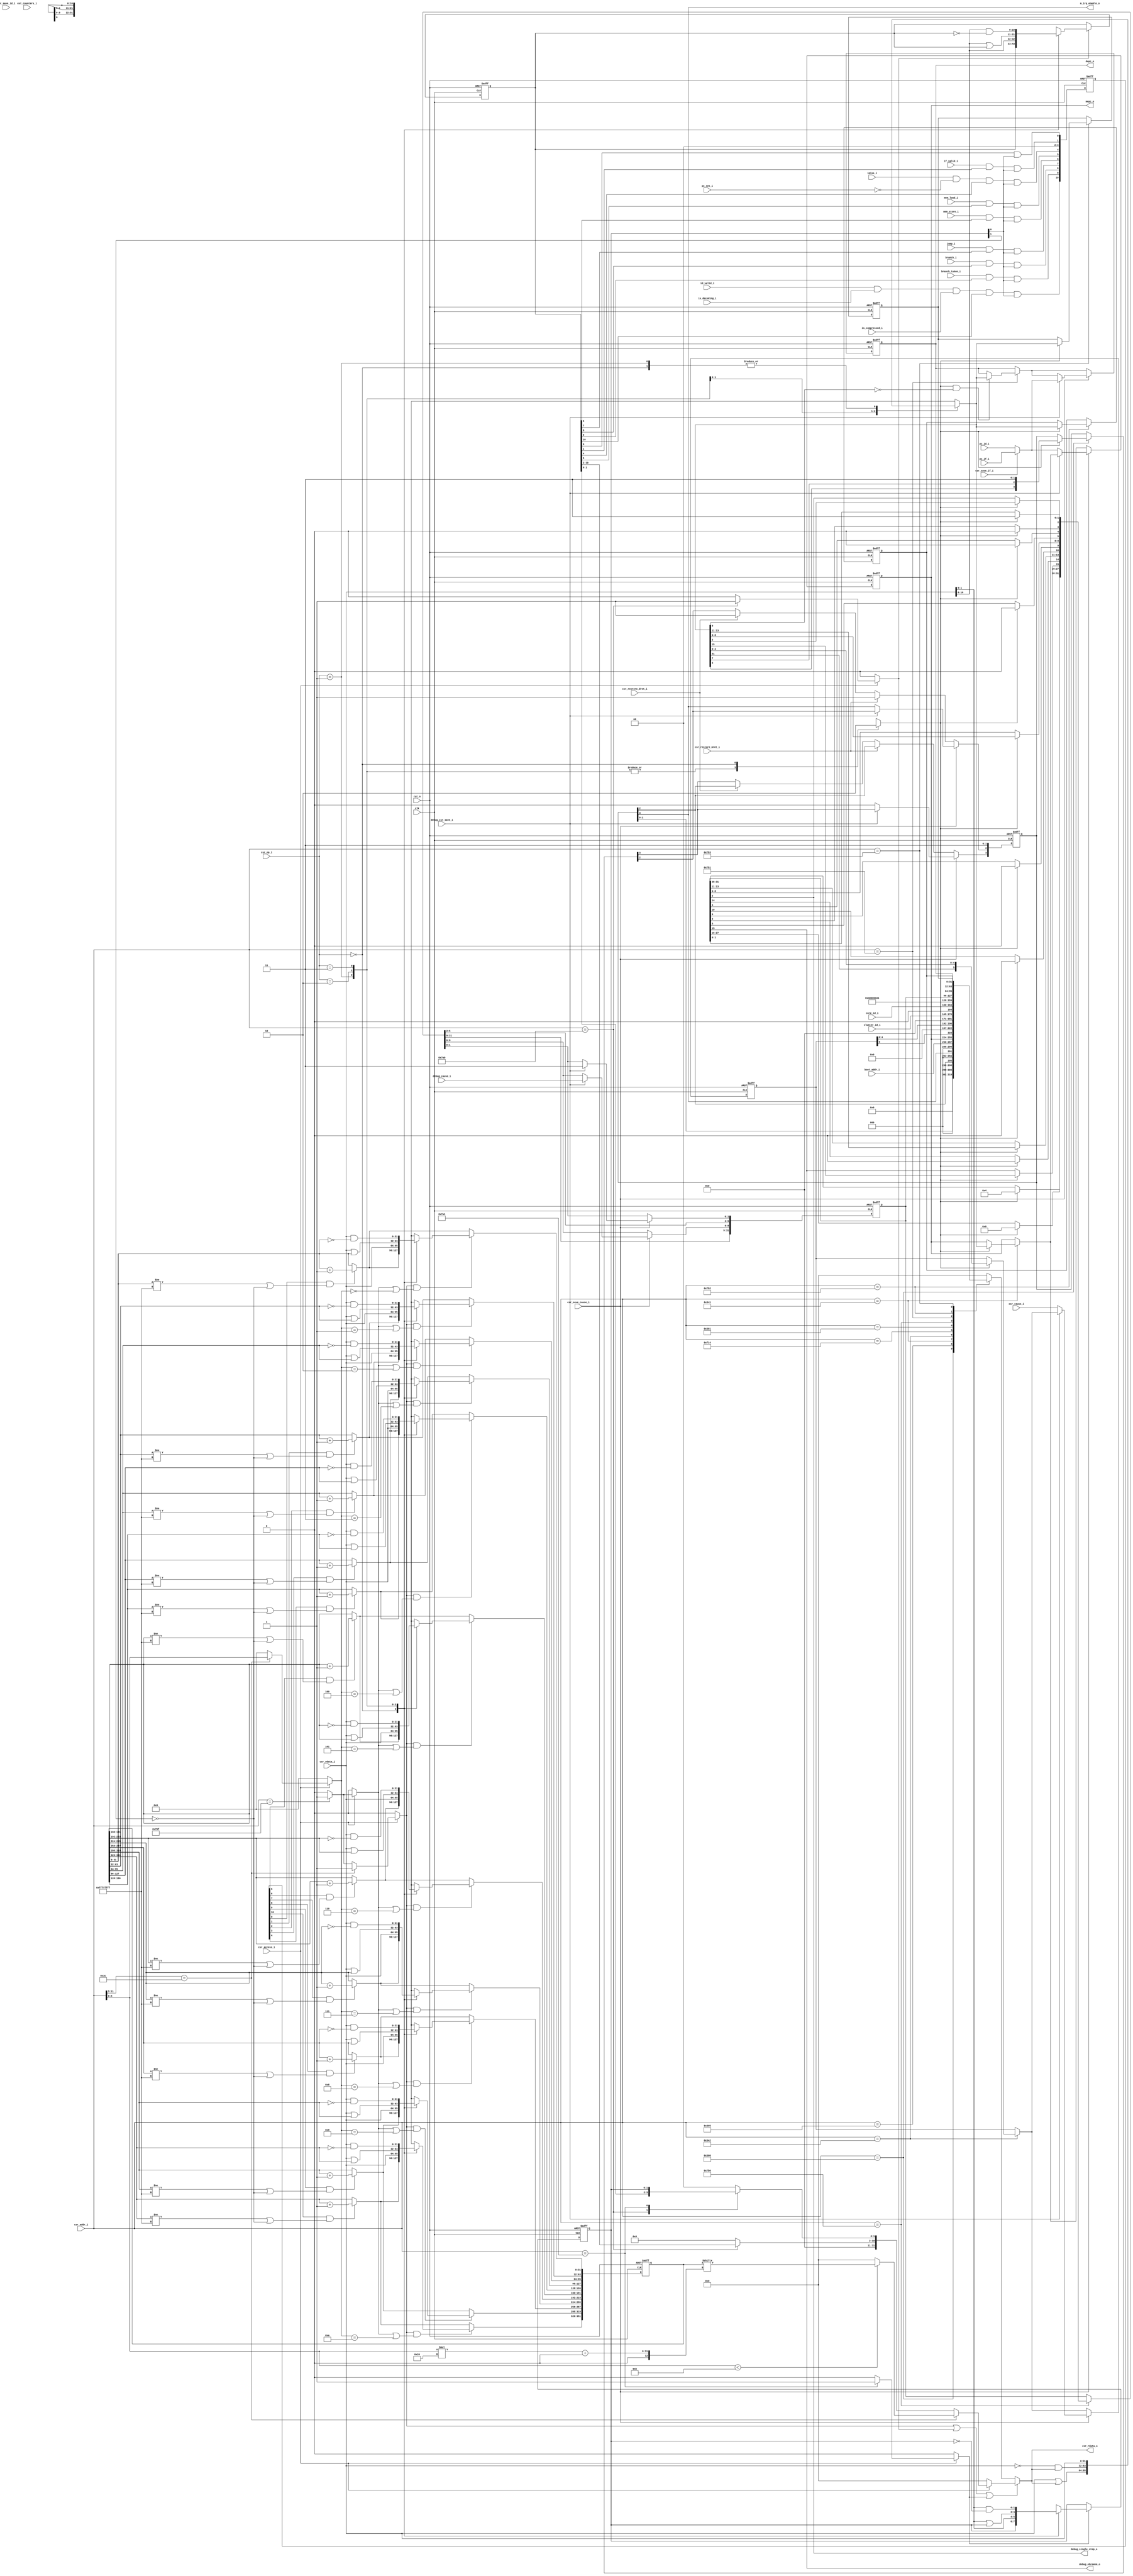
// Copyright lowRISC contributors.
// Copyright 2017 ETH Zurich and University of Bologna.
// Licensed under the Apache License, Version 2.0, see LICENSE for details.
// SPDX-License-Identifier: Apache-2.0

////////////////////////////////////////////////////////////////////////////////
//                                                                            //
// Additional contributions by:                                               //
//                 Sven Stucki - svstucki@student.ethz.ch                     //
//                                                                            //
//                                                                            //
// Design Name:    RISC-V processor core                                      //
// Project Name:   ibex                                                       //
// Language:       SystemVerilog                                              //
//                                                                            //
// Description:    Defines for various constants used by the processor core.  //
//                                                                            //
////////////////////////////////////////////////////////////////////////////////

module ibex_cs_registers (
	clk,
	rst_n,
	core_id_i,
	cluster_id_i,
	boot_addr_i,
	csr_access_i,
	csr_addr_i,
	csr_wdata_i,
	csr_op_i,
	csr_rdata_o,
	m_irq_enable_o,
	mepc_o,
	debug_cause_i,
	debug_csr_save_i,
	depc_o,
	debug_single_step_o,
	debug_ebreakm_o,
	pc_if_i,
	pc_id_i,
	csr_save_if_i,
	csr_save_id_i,
	csr_restore_mret_i,
	csr_restore_dret_i,
	csr_cause_i,
	csr_save_cause_i,
	if_valid_i,
	id_valid_i,
	is_compressed_i,
	is_decoding_i,
	imiss_i,
	pc_set_i,
	jump_i,
	branch_i,
	branch_taken_i,
	mem_load_i,
	mem_store_i,
	ext_counters_i
);
	parameter N_EXT_CNT = 0;
	parameter [0:0] RV32E = 0;
	parameter [0:0] RV32M = 0;
	input wire clk;
	input wire rst_n;
	input wire [3:0] core_id_i;
	input wire [5:0] cluster_id_i;
	input wire [31:0] boot_addr_i;
	input wire csr_access_i;
	input wire [11:0] csr_addr_i;
	input wire [31:0] csr_wdata_i;
	input wire [1:0] csr_op_i;
	output wire [31:0] csr_rdata_o;
	output wire m_irq_enable_o;
	output wire [31:0] mepc_o;
	input wire [2:0] debug_cause_i;
	input wire debug_csr_save_i;
	output wire [31:0] depc_o;
	output wire debug_single_step_o;
	output wire debug_ebreakm_o;
	input wire [31:0] pc_if_i;
	input wire [31:0] pc_id_i;
	input wire csr_save_if_i;
	input wire csr_save_id_i;
	input wire csr_restore_mret_i;
	input wire csr_restore_dret_i;
	input wire [5:0] csr_cause_i;
	input wire csr_save_cause_i;
	input wire if_valid_i;
	input wire id_valid_i;
	input wire is_compressed_i;
	input wire is_decoding_i;
	input wire imiss_i;
	input wire pc_set_i;
	input wire jump_i;
	input wire branch_i;
	input wire branch_taken_i;
	input wire mem_load_i;
	input wire mem_store_i;
	input wire [N_EXT_CNT - 1:0] ext_counters_i;
	localparam [1:0] MXL = 2'd1;
	localparam [31:0] MISA_VALUE = ((((((((((0 | 4) | 0) | (RV32E << 4)) | 0) | 256) | (RV32M << 12)) | 0) | 0) | 0) | 0) | (MXL << 30);
	localparam N_PERF_COUNTERS = 11 + N_EXT_CNT;
	localparam N_PERF_REGS = N_PERF_COUNTERS;
	wire [N_PERF_COUNTERS - 1:0] PCCR_in;
	reg [N_PERF_COUNTERS - 1:0] PCCR_inc;
	reg [N_PERF_COUNTERS - 1:0] PCCR_inc_q;
	reg [(N_PERF_REGS * 32) - 1:0] PCCR_q;
	reg [(N_PERF_REGS * 32) - 1:0] PCCR_n;
	reg [1:0] PCMR_n;
	reg [1:0] PCMR_q;
	reg [N_PERF_COUNTERS - 1:0] PCER_n;
	reg [N_PERF_COUNTERS - 1:0] PCER_q;
	reg [31:0] perf_rdata;
	reg [4:0] pccr_index;
	reg pccr_all_sel;
	reg is_pccr;
	reg is_pcer;
	reg is_pcmr;
	reg [31:0] csr_wdata_int;
	reg [31:0] csr_rdata_int;
	reg csr_we_int;
	reg [31:0] mepc_q;
	reg [31:0] mepc_n;
	reg [31:0] dcsr_q;
	reg [31:0] dcsr_n;
	reg [31:0] depc_q;
	reg [31:0] depc_n;
	reg [31:0] dscratch0_q;
	reg [31:0] dscratch0_n;
	reg [31:0] dscratch1_q;
	reg [31:0] dscratch1_n;
	reg [5:0] mcause_q;
	reg [5:0] mcause_n;
	reg [3:0] mstatus_q;
	reg [3:0] mstatus_n;
	reg [31:0] exception_pc;
	localparam [11:0] ibex_defines_CSR_DCSR = 12'h7b0;
	localparam [11:0] ibex_defines_CSR_DPC = 12'h7b1;
	localparam [11:0] ibex_defines_CSR_DSCRATCH0 = 12'h7b2;
	localparam [11:0] ibex_defines_CSR_DSCRATCH1 = 12'h7b3;
	localparam [11:0] ibex_defines_CSR_MCAUSE = 12'h342;
	localparam [11:0] ibex_defines_CSR_MEPC = 12'h341;
	localparam [11:0] ibex_defines_CSR_MHARTID = 12'hf14;
	localparam [11:0] ibex_defines_CSR_MISA = 12'h301;
	localparam [11:0] ibex_defines_CSR_MSTATUS = 12'h300;
	localparam [11:0] ibex_defines_CSR_MTVEC = 12'h305;
	always @(*) begin
		csr_rdata_int = {32 {1'sb0}};
		case (csr_addr_i)
			ibex_defines_CSR_MSTATUS: csr_rdata_int = {19'b0000000000000000000, mstatus_q[1-:2], 3'b000, mstatus_q[2], 3'h0, mstatus_q[3], 3'h0};
			ibex_defines_CSR_MTVEC: csr_rdata_int = boot_addr_i;
			ibex_defines_CSR_MEPC: csr_rdata_int = mepc_q;
			ibex_defines_CSR_MCAUSE: csr_rdata_int = {mcause_q[5], 26'b00000000000000000000000000, mcause_q[4:0]};
			ibex_defines_CSR_MHARTID: csr_rdata_int = {21'b000000000000000000000, cluster_id_i[5:0], 1'b0, core_id_i[3:0]};
			ibex_defines_CSR_MISA: csr_rdata_int = MISA_VALUE;
			ibex_defines_CSR_DCSR: csr_rdata_int = dcsr_q;
			ibex_defines_CSR_DPC: csr_rdata_int = depc_q;
			ibex_defines_CSR_DSCRATCH0: csr_rdata_int = dscratch0_q;
			ibex_defines_CSR_DSCRATCH1: csr_rdata_int = dscratch1_q;
			default:
				;
		endcase
	end
	localparam [1:0] ibex_defines_PRIV_LVL_M = 2'b11;
	localparam [3:0] ibex_defines_XDEBUGVER_STD = 4'd4;
	always @(*) begin
		mepc_n = mepc_q;
		depc_n = depc_q;
		dcsr_n = dcsr_q;
		dscratch0_n = dscratch0_q;
		dscratch1_n = dscratch1_q;
		mstatus_n = mstatus_q;
		mcause_n = mcause_q;
		exception_pc = pc_id_i;
		case (csr_addr_i)
			ibex_defines_CSR_MSTATUS:
				if (csr_we_int)
					mstatus_n = {csr_wdata_int[3], csr_wdata_int[7], ibex_defines_PRIV_LVL_M};
			ibex_defines_CSR_MEPC:
				if (csr_we_int)
					mepc_n = csr_wdata_int;
			ibex_defines_CSR_MCAUSE:
				if (csr_we_int)
					mcause_n = {csr_wdata_int[31], csr_wdata_int[4:0]};
			ibex_defines_CSR_DCSR:
				if (csr_we_int) begin
					dcsr_n = csr_wdata_int;
					dcsr_n[31-:4] = ibex_defines_XDEBUGVER_STD;
					dcsr_n[1-:2] = ibex_defines_PRIV_LVL_M;
					dcsr_n[3] = 1'b0;
					dcsr_n[4] = 1'b0;
					dcsr_n[10] = 1'b0;
					dcsr_n[9] = 1'b0;
					dcsr_n[5] = 1'b0;
					dcsr_n[14] = 1'b0;
					dcsr_n[27-:12] = 12'h000;
				end
			ibex_defines_CSR_DPC:
				if (csr_we_int && (csr_wdata_int[0] == 1'b0))
					depc_n = csr_wdata_int;
			ibex_defines_CSR_DSCRATCH0:
				if (csr_we_int)
					dscratch0_n = csr_wdata_int;
			ibex_defines_CSR_DSCRATCH1:
				if (csr_we_int)
					dscratch1_n = csr_wdata_int;
			default:
				;
		endcase
		case (1'b1)
			csr_save_cause_i: begin
				case (1'b1)
					csr_save_if_i: exception_pc = pc_if_i;
					csr_save_id_i: exception_pc = pc_id_i;
					default:
						;
				endcase
				if (debug_csr_save_i) begin
					dcsr_n[1-:2] = ibex_defines_PRIV_LVL_M;
					dcsr_n[8-:3] = debug_cause_i;
					depc_n = exception_pc;
				end
				else begin
					mstatus_n[2] = mstatus_q[3];
					mstatus_n[3] = 1'b0;
					mstatus_n[1-:2] = ibex_defines_PRIV_LVL_M;
					mepc_n = exception_pc;
					mcause_n = csr_cause_i;
				end
			end
			csr_restore_mret_i: begin
				mstatus_n[3] = mstatus_q[2];
				mstatus_n[2] = 1'b1;
			end
			csr_restore_dret_i: begin
				mstatus_n[3] = mstatus_q[2];
				mstatus_n[2] = 1'b1;
			end
			default:
				;
		endcase
	end
	localparam [1:0] ibex_defines_CSR_OP_CLEAR = 3;
	localparam [1:0] ibex_defines_CSR_OP_NONE = 0;
	localparam [1:0] ibex_defines_CSR_OP_SET = 2;
	localparam [1:0] ibex_defines_CSR_OP_WRITE = 1;
	always @(*) begin
		csr_wdata_int = csr_wdata_i;
		csr_we_int = 1'b1;
		case (csr_op_i)
			ibex_defines_CSR_OP_WRITE: csr_wdata_int = csr_wdata_i;
			ibex_defines_CSR_OP_SET: csr_wdata_int = csr_wdata_i | csr_rdata_o;
			ibex_defines_CSR_OP_CLEAR: csr_wdata_int = ~csr_wdata_i & csr_rdata_o;
			ibex_defines_CSR_OP_NONE: begin
				csr_wdata_int = csr_wdata_i;
				csr_we_int = 1'b0;
			end
			default:
				;
		endcase
	end
	assign csr_rdata_o = ((is_pccr || is_pcer) || is_pcmr ? perf_rdata : csr_rdata_int);
	assign m_irq_enable_o = mstatus_q[3];
	assign mepc_o = mepc_q;
	assign depc_o = depc_q;
	assign debug_single_step_o = dcsr_q[2];
	assign debug_ebreakm_o = dcsr_q[15];
	always @(posedge clk or negedge rst_n)
		if (!rst_n) begin
			mstatus_q <= {2'b00, ibex_defines_PRIV_LVL_M};
			mepc_q <= {32 {1'sb0}};
			mcause_q <= {6 {1'sb0}};
			depc_q <= {32 {1'sb0}};
			dcsr_q <= {30'b000000000000000000000000000000, ibex_defines_PRIV_LVL_M};
			dscratch0_q <= {32 {1'sb0}};
			dscratch1_q <= {32 {1'sb0}};
		end
		else begin
			mstatus_q <= {mstatus_n[3], mstatus_n[2], ibex_defines_PRIV_LVL_M};
			mepc_q <= mepc_n;
			mcause_q <= mcause_n;
			depc_q <= depc_n;
			dcsr_q <= dcsr_n;
			dscratch0_q <= dscratch0_n;
			dscratch1_q <= dscratch1_n;
		end
	wire [11:0] csr_addr;
	assign csr_addr = {csr_addr_i};
	assign PCCR_in[0] = 1'b1;
	assign PCCR_in[1] = if_valid_i;
	assign PCCR_in[2] = 1'b0;
	assign PCCR_in[3] = 1'b0;
	assign PCCR_in[4] = imiss_i & ~pc_set_i;
	assign PCCR_in[5] = mem_load_i;
	assign PCCR_in[6] = mem_store_i;
	assign PCCR_in[7] = jump_i;
	assign PCCR_in[8] = branch_i;
	assign PCCR_in[9] = branch_taken_i;
	assign PCCR_in[10] = (id_valid_i & is_decoding_i) & is_compressed_i;
	generate
		genvar i;
		for (i = 0; i < N_EXT_CNT; i = i + 1) begin : gen_extcounters
			assign PCCR_in[(N_PERF_COUNTERS - N_EXT_CNT) + i] = ext_counters_i[i];
		end
	endgenerate
	localparam [11:0] ibex_defines_CSR_PCCR31 = 12'h79f;
	localparam [11:0] ibex_defines_CSR_TDATA1 = 12'h7a1;
	localparam [11:0] ibex_defines_CSR_TSELECT = 12'h7a0;
	always @(*) begin
		is_pccr = 1'b0;
		is_pcmr = 1'b0;
		is_pcer = 1'b0;
		pccr_all_sel = 1'b0;
		pccr_index = {5 {1'sb0}};
		perf_rdata = {32 {1'sb0}};
		if (csr_access_i) begin
			case (csr_addr_i)
				ibex_defines_CSR_TSELECT: begin
					is_pcer = 1'b1;
					perf_rdata[N_PERF_COUNTERS - 1:0] = PCER_q;
				end
				ibex_defines_CSR_TDATA1: begin
					is_pcmr = 1'b1;
					perf_rdata[1:0] = PCMR_q;
				end
				ibex_defines_CSR_PCCR31: begin
					is_pccr = 1'b1;
					pccr_all_sel = 1'b1;
				end
				default:
					;
			endcase
			if (csr_addr[11:5] == 7'b0111100) begin
				is_pccr = 1'b1;
				pccr_index = csr_addr[4:0];
				perf_rdata = (csr_addr[4:0] < N_PERF_COUNTERS ? PCCR_q[csr_addr[4:0] * 32+:32] : {32 {1'sb0}});
			end
		end
	end
	always @(*) begin : sv2v_autoblock_2
		reg signed [31:0] c;
		for (c = 0; c < N_PERF_COUNTERS; c = c + 1)
			begin : PERF_CNT_INC
				PCCR_inc[c] = (PCCR_in[c] & PCER_q[c]) & PCMR_q[0];
				PCCR_n[c * 32+:32] = PCCR_q[c * 32+:32];
				if ((PCCR_inc_q[c] == 1'b1) && ((PCCR_q[c * 32+:32] != 32'hffffffff) || (PCMR_q[1] == 1'b0)))
					PCCR_n[c * 32+:32] = PCCR_q[c * 32+:32] + 32'h00000001;
				if (is_pccr && (pccr_all_sel || (pccr_index == c)))
					case (csr_op_i)
						ibex_defines_CSR_OP_NONE:
							;
						ibex_defines_CSR_OP_WRITE: PCCR_n[c * 32+:32] = csr_wdata_i;
						ibex_defines_CSR_OP_SET: PCCR_n[c * 32+:32] = csr_wdata_i | PCCR_q[c * 32+:32];
						ibex_defines_CSR_OP_CLEAR: PCCR_n[c * 32+:32] = csr_wdata_i & ~PCCR_q[c * 32+:32];
					endcase
			end
	end
	always @(*) begin
		PCMR_n = PCMR_q;
		PCER_n = PCER_q;
		if (is_pcmr)
			case (csr_op_i)
				ibex_defines_CSR_OP_NONE:
					;
				ibex_defines_CSR_OP_WRITE: PCMR_n = csr_wdata_i[1:0];
				ibex_defines_CSR_OP_SET: PCMR_n = csr_wdata_i[1:0] | PCMR_q;
				ibex_defines_CSR_OP_CLEAR: PCMR_n = csr_wdata_i[1:0] & ~PCMR_q;
			endcase
		if (is_pcer)
			case (csr_op_i)
				ibex_defines_CSR_OP_NONE:
					;
				ibex_defines_CSR_OP_WRITE: PCER_n = csr_wdata_i[N_PERF_COUNTERS - 1:0];
				ibex_defines_CSR_OP_SET: PCER_n = csr_wdata_i[N_PERF_COUNTERS - 1:0] | PCER_q;
				ibex_defines_CSR_OP_CLEAR: PCER_n = csr_wdata_i[N_PERF_COUNTERS - 1:0] & ~PCER_q;
			endcase
	end
	always @(posedge clk or negedge rst_n)
		if (!rst_n) begin
			PCER_q <= {N_PERF_COUNTERS {1'sb0}};
			PCMR_q <= 2'h3;
			begin : sv2v_autoblock_3
				reg signed [31:0] r;
				for (r = 0; r < N_PERF_REGS; r = r + 1)
					begin
						PCCR_q[r * 32+:32] <= {32 {1'sb0}};
						PCCR_inc_q[r] <= 1'b0;
					end
			end
		end
		else begin
			PCER_q <= PCER_n;
			PCMR_q <= PCMR_n;
			begin : sv2v_autoblock_4
				reg signed [31:0] r;
				for (r = 0; r < N_PERF_REGS; r = r + 1)
					begin
						PCCR_q[r * 32+:32] <= PCCR_n[r * 32+:32];
						PCCR_inc_q[r] <= PCCR_inc[r];
					end
			end
		end
endmodule